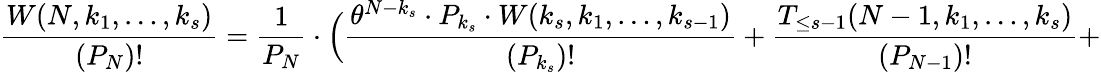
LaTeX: \frac{W(N,k_{1},\ldots,k_{s})}{(P_{N})!}=\frac{1}{P_{N}}\cdot\Big(\frac{\theta^{N-k_{s}}\cdot P_{k_{s}}\cdot W(k_{s},k_{1},\ldots,k_{s-1})}{(P_{k_{s}})!}+\frac{T_{\le s-1}(N-1,k_{1},\ldots,k_{s})}{(P_{N-1})!}+